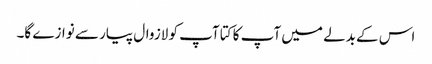
اس کے بدلے میں آپ کا کتا آپ کو لازوال پیار سے نوازے گا۔